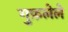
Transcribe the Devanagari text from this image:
गुफ़लेले